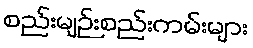
စည်းမျဉ်းစည်းကမ်းများ